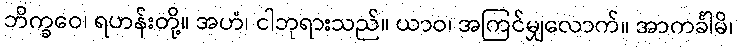
ဘိက္ခဝေ၊ ရဟန်းတို့။ အဟံ၊ ငါဘုရားသည်။ ယာဝ၊ အကြင်မျှလောက်။ အာကင်္ခါမိ၊